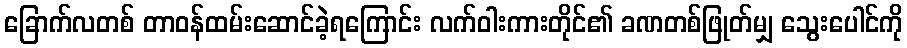
ခြောက်လတစ် တာဝန်ထမ်းဆောင်ခဲ့ရကြောင်း လက်ဝါးကားတိုင်၏ ခဏတစ်ဖြုတ်မျှ သွေးပေါင်ကို